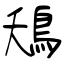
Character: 鴁